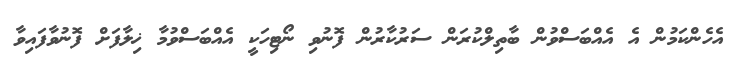
އެހެންކަމުން އެ އެއްބަސްވުން ބާތިލްކުރަން ސަރުކާރުން ފޮނުވި ނޯޓިހަކީ އެއްބަސްވުމާ ޚިލާފަށް ފޮނުވާފައިވާ